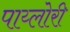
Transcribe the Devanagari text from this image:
पाय्लोरी